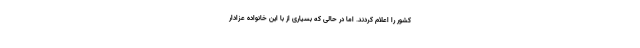
کشور را اعلام کردند. اما در حالی که بسیاری از با این خانواده عزادار